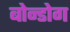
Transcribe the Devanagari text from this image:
बोन्डोग